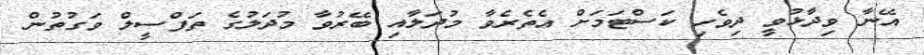
އޭނާ ވިދާޅުވީ ދިވެހި ކަސްޓަމަށް އެތެރެވާ މުދަލާއި ބޭރުވާ މުދަލުގެ ތަފްސީލް ވަގުތުން